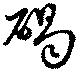
碣